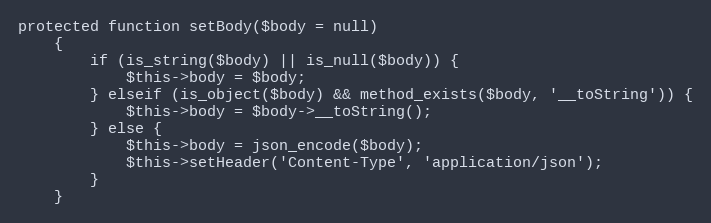
Language: PHP
protected function setBody($body = null)
    {
        if (is_string($body) || is_null($body)) {
            $this->body = $body;
        } elseif (is_object($body) && method_exists($body, '__toString')) {
            $this->body = $body->__toString();
        } else {
            $this->body = json_encode($body);
            $this->setHeader('Content-Type', 'application/json');
        }
    }